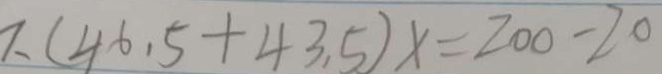
( 4 6 . 5 + 4 3 . 5 ) x = 2 0 0 - 2 0